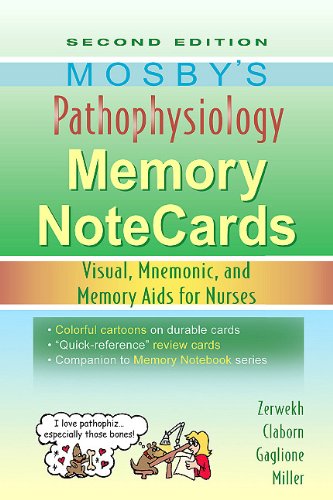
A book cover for Mosby's Pathophysiology Memory NoteCards: Visual, Mnemonic, and Memory Aids for Nurses, 2e; JoAnn Zerwekh MSN  EdD  RN; Medical Books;